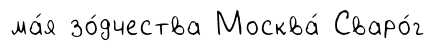
ма́я зо́дчества Москва́ Сваро́г